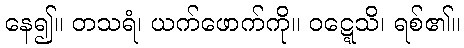
နေ၍။ တသရံ၊ ယက်ဖောက်ကို။ ဝဋ္ဋေသိ၊ ရစ်၏။